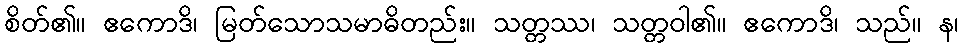
စိတ်၏။ ဧကောဒိ၊ မြတ်သောသမာဓိတည်း။ သတ္တဿ၊ သတ္တဝါ၏။ ဧကောဒိ၊ သည်။ န၊